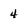
Character: 4